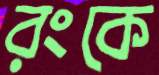
রংকে